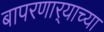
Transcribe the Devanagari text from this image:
बापरणार्‍याच्या